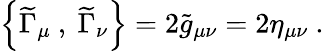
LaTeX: \left\{ {\widetilde\Gamma}_{\mu}~,~{\widetilde\Gamma}_{\nu}\right\} =2{\widetilde g}_{\mu\nu}=2\eta_{\mu\nu}~.